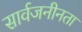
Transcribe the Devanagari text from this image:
सार्वजनीनता